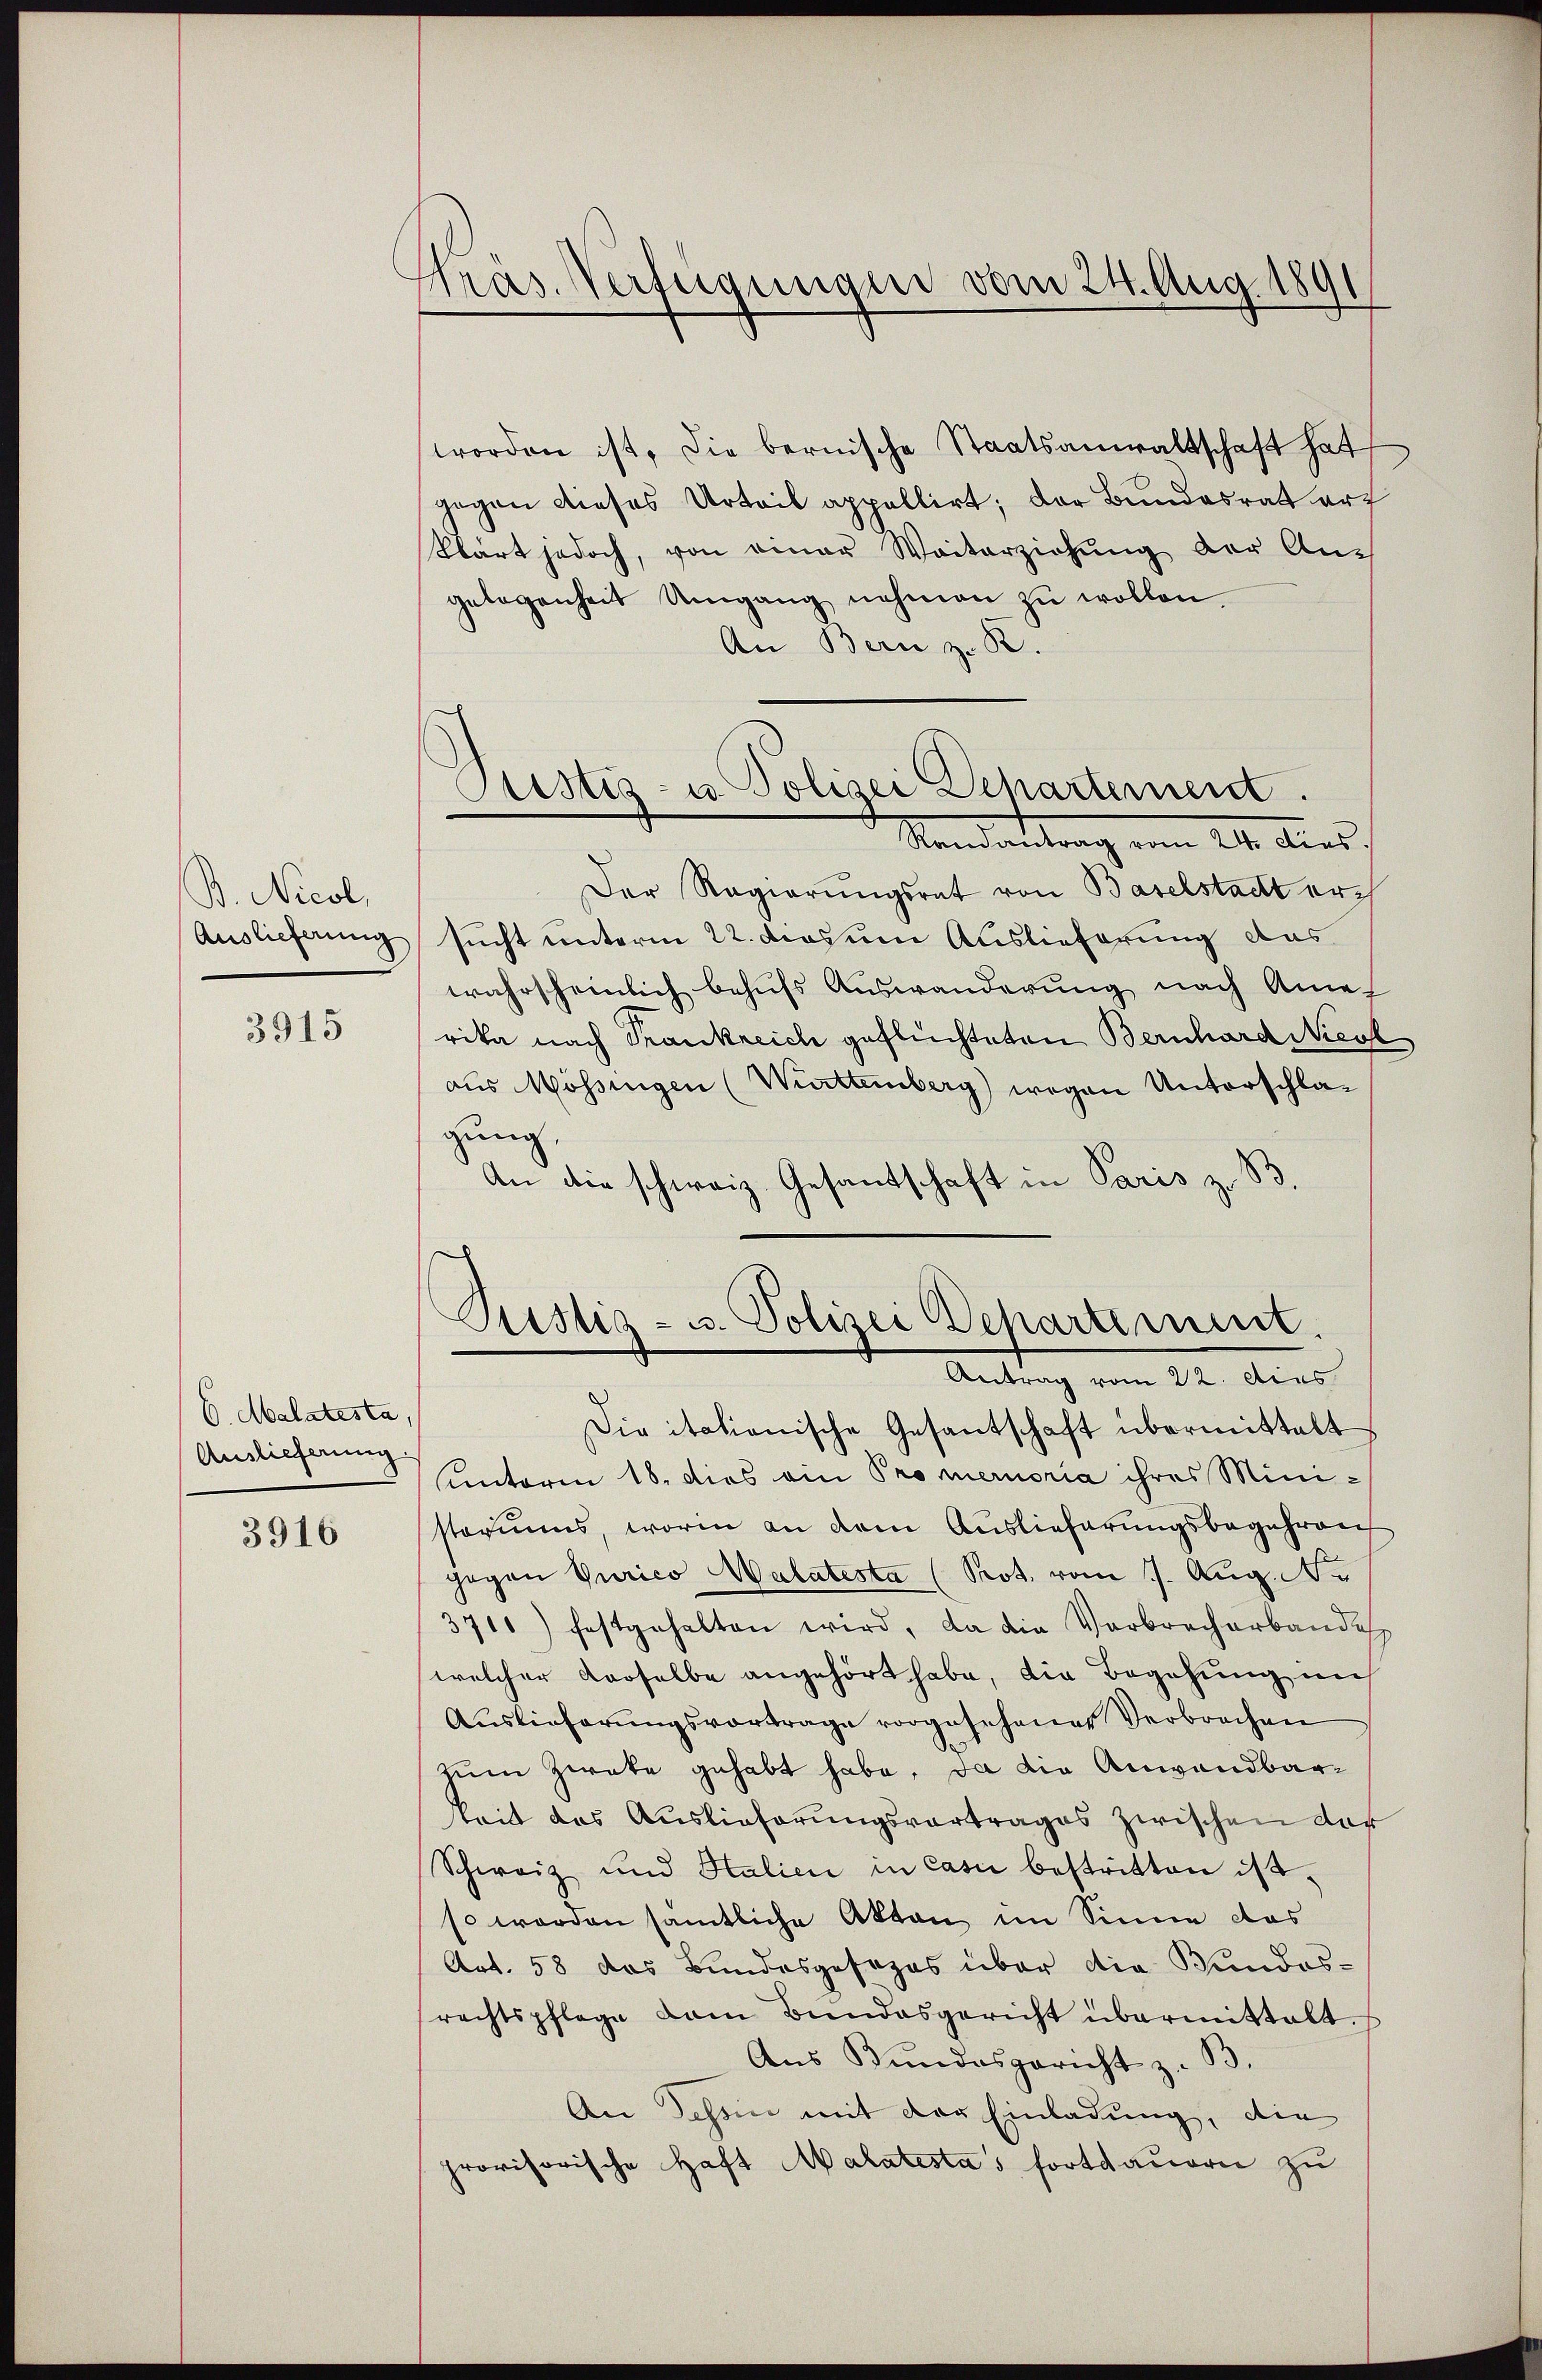
B. Nicol,
Auslieferung
3915

6. Malatesta,
Auslieferung.
3916

Präs. Verfügungen vom 24. Aug. 1891

An Bern z. B.
Der Regierŭngsrat von Baselstadt ersucht unterm 22. das um Auslieferung das
wahrscheinlich behufs Auswanderung nach Ame-
rika nach Trankreich geflüchteten Bernhard Niesl
aus Mossingen (Württemberg) wegen Unterschlagung.
An die schweiz. Gesantschaft in Paris z. B

worden ist, die bernische Staatsanwaltschaft hat
gegen dieses Urteil appellirt; der Bundesrat auf
klärt jedoch, von einer Weiterziehŭng der An-
gelegenheit Umgang nehmen zŭ wollen.

Astiz- u. Polizei Departement.
Randantrag vom 21. es

Ristig - u. Polizei Departement.
Antrag vom 22. dies

Die italienische Gesantschaft übermittelt
sunterm 18. dies ein Promemoria ihres Ministoriums, worin an dem Auslieferungsbegehren
gegen Purico Walatesta (Prot. vom 1. Aug. N
3711) festgehalten wird, da die Verbrecherbandes
welcher derselbe angehört habe, die Begehung in
Auslieferungsvortrage vorgesehener Verbrechen
zum Zwecke gehabt habe, da die Anwandbarteit das Auslieferungsvortrages zwischen dar
Schweiz und Halien in Casii bestritten ist.
so werden sämtliche Akten im Sinne das
Art. 58 das Bundesgesezes über die Bundesrechtspflege dem Bŭndesgericht übermittelt.
Aus Bundesgericht z. B.
An Schön mit der Einladung, die
provisorische Haft Malatestas fortdauere zu